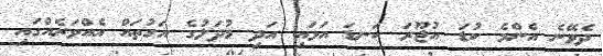
ދެވޭނެ އެންމެ ކުޑަ އުޖޫރަ ކަނޑަ އަޅައި އަދި މުދަލުގެ އަގުތައް އެއްވަރެއްގައި